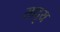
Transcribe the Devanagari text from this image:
सादृय